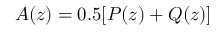
A ( z ) = 0 . 5 [ P ( z ) + Q ( z ) ]